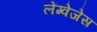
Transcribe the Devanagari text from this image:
लेंग्वेजेस